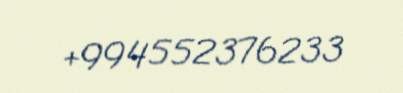
+994552376233